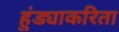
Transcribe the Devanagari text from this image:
हुंड्याकरिता